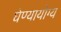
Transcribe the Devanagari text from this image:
घेण्यायोग्य